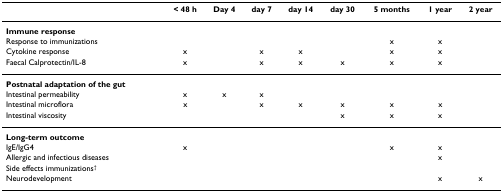
|  | < 48 h | Day 4 | day 7 | day 14 | day 30 | 5 months | 1 year | 2 year |
 | --- | --- | --- | --- | --- | --- | --- | --- | --- |
 | Immune response |  |  |  |  |  |  |  |  |
 | Response to immunizations |  |  |  |  |  | x | x |  |
 | Cytokine response | x |  | x | x |  | x | x |  |
 | Faecal Calprotectin/IL-8 | x |  | x | x | x | x | x |  |
 | Postnatal adaptation of the gut |  |  |  |  |  |  |  |  |
 | Intestinal permeability | x | x | x |  |  |  |  |  |
 | Intestinal microflora | x |  | x | x | x | x | x |  |
 | Intestinal viscosity |  |  |  |  | x | x | x |  |
 | Long-term outcome |  |  |  |  |  |  |  |  |
 | IgE/IgG4 | x |  |  |  |  | x | x |  |
 | Allergic and infectious diseases |  |  |  |  |  |  | x |  |
 | Side effects immunizations† |  |  |  |  |  |  |  |  |
 | Neurodevelopment |  |  |  |  |  |  | x | x |